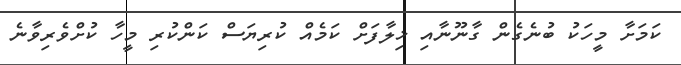
ކަމަށާ މީހަކު ބުނެގެން ގާނޫނާއި ޚިލާފަށް ކަމެއް ކުރިޔަސް ކަންކުރި މީހާ ކުށްވެރިވާނެ